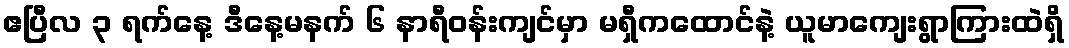
ဧပြီလ ၃ ရက်နေ့ ဒီနေ့မနက် ၆ နာရီဝန်းကျင်မှာ မရှီကထောင်နဲ့ ယူမာကျေးရွာကြားထဲရှိ